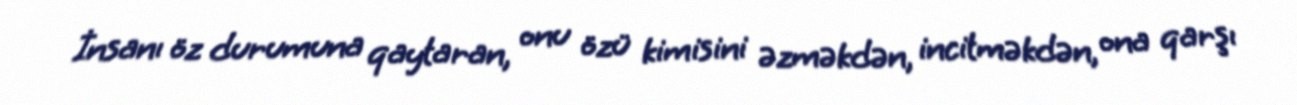
İnsanı öz durumuna qaytaran, onu özü kimisini əzməkdən, incitməkdən, ona qarşı